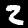
Label: 2